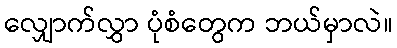
လျှောက်လွှာ ပုံစံတွေက ဘယ်မှာလဲ။